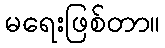
မရေးဖြစ်တာ။